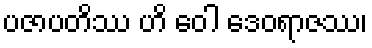
ပဇာပတိဿ ဟိ ဝေါ ဒေဝရာဇဿ၊